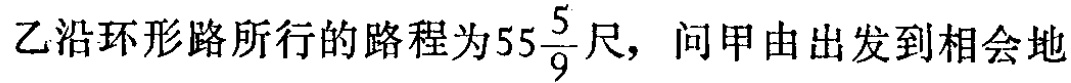
乙沿环形路所行的路程为\(55\frac{5}{9}\)尺，问甲由出发到相会地